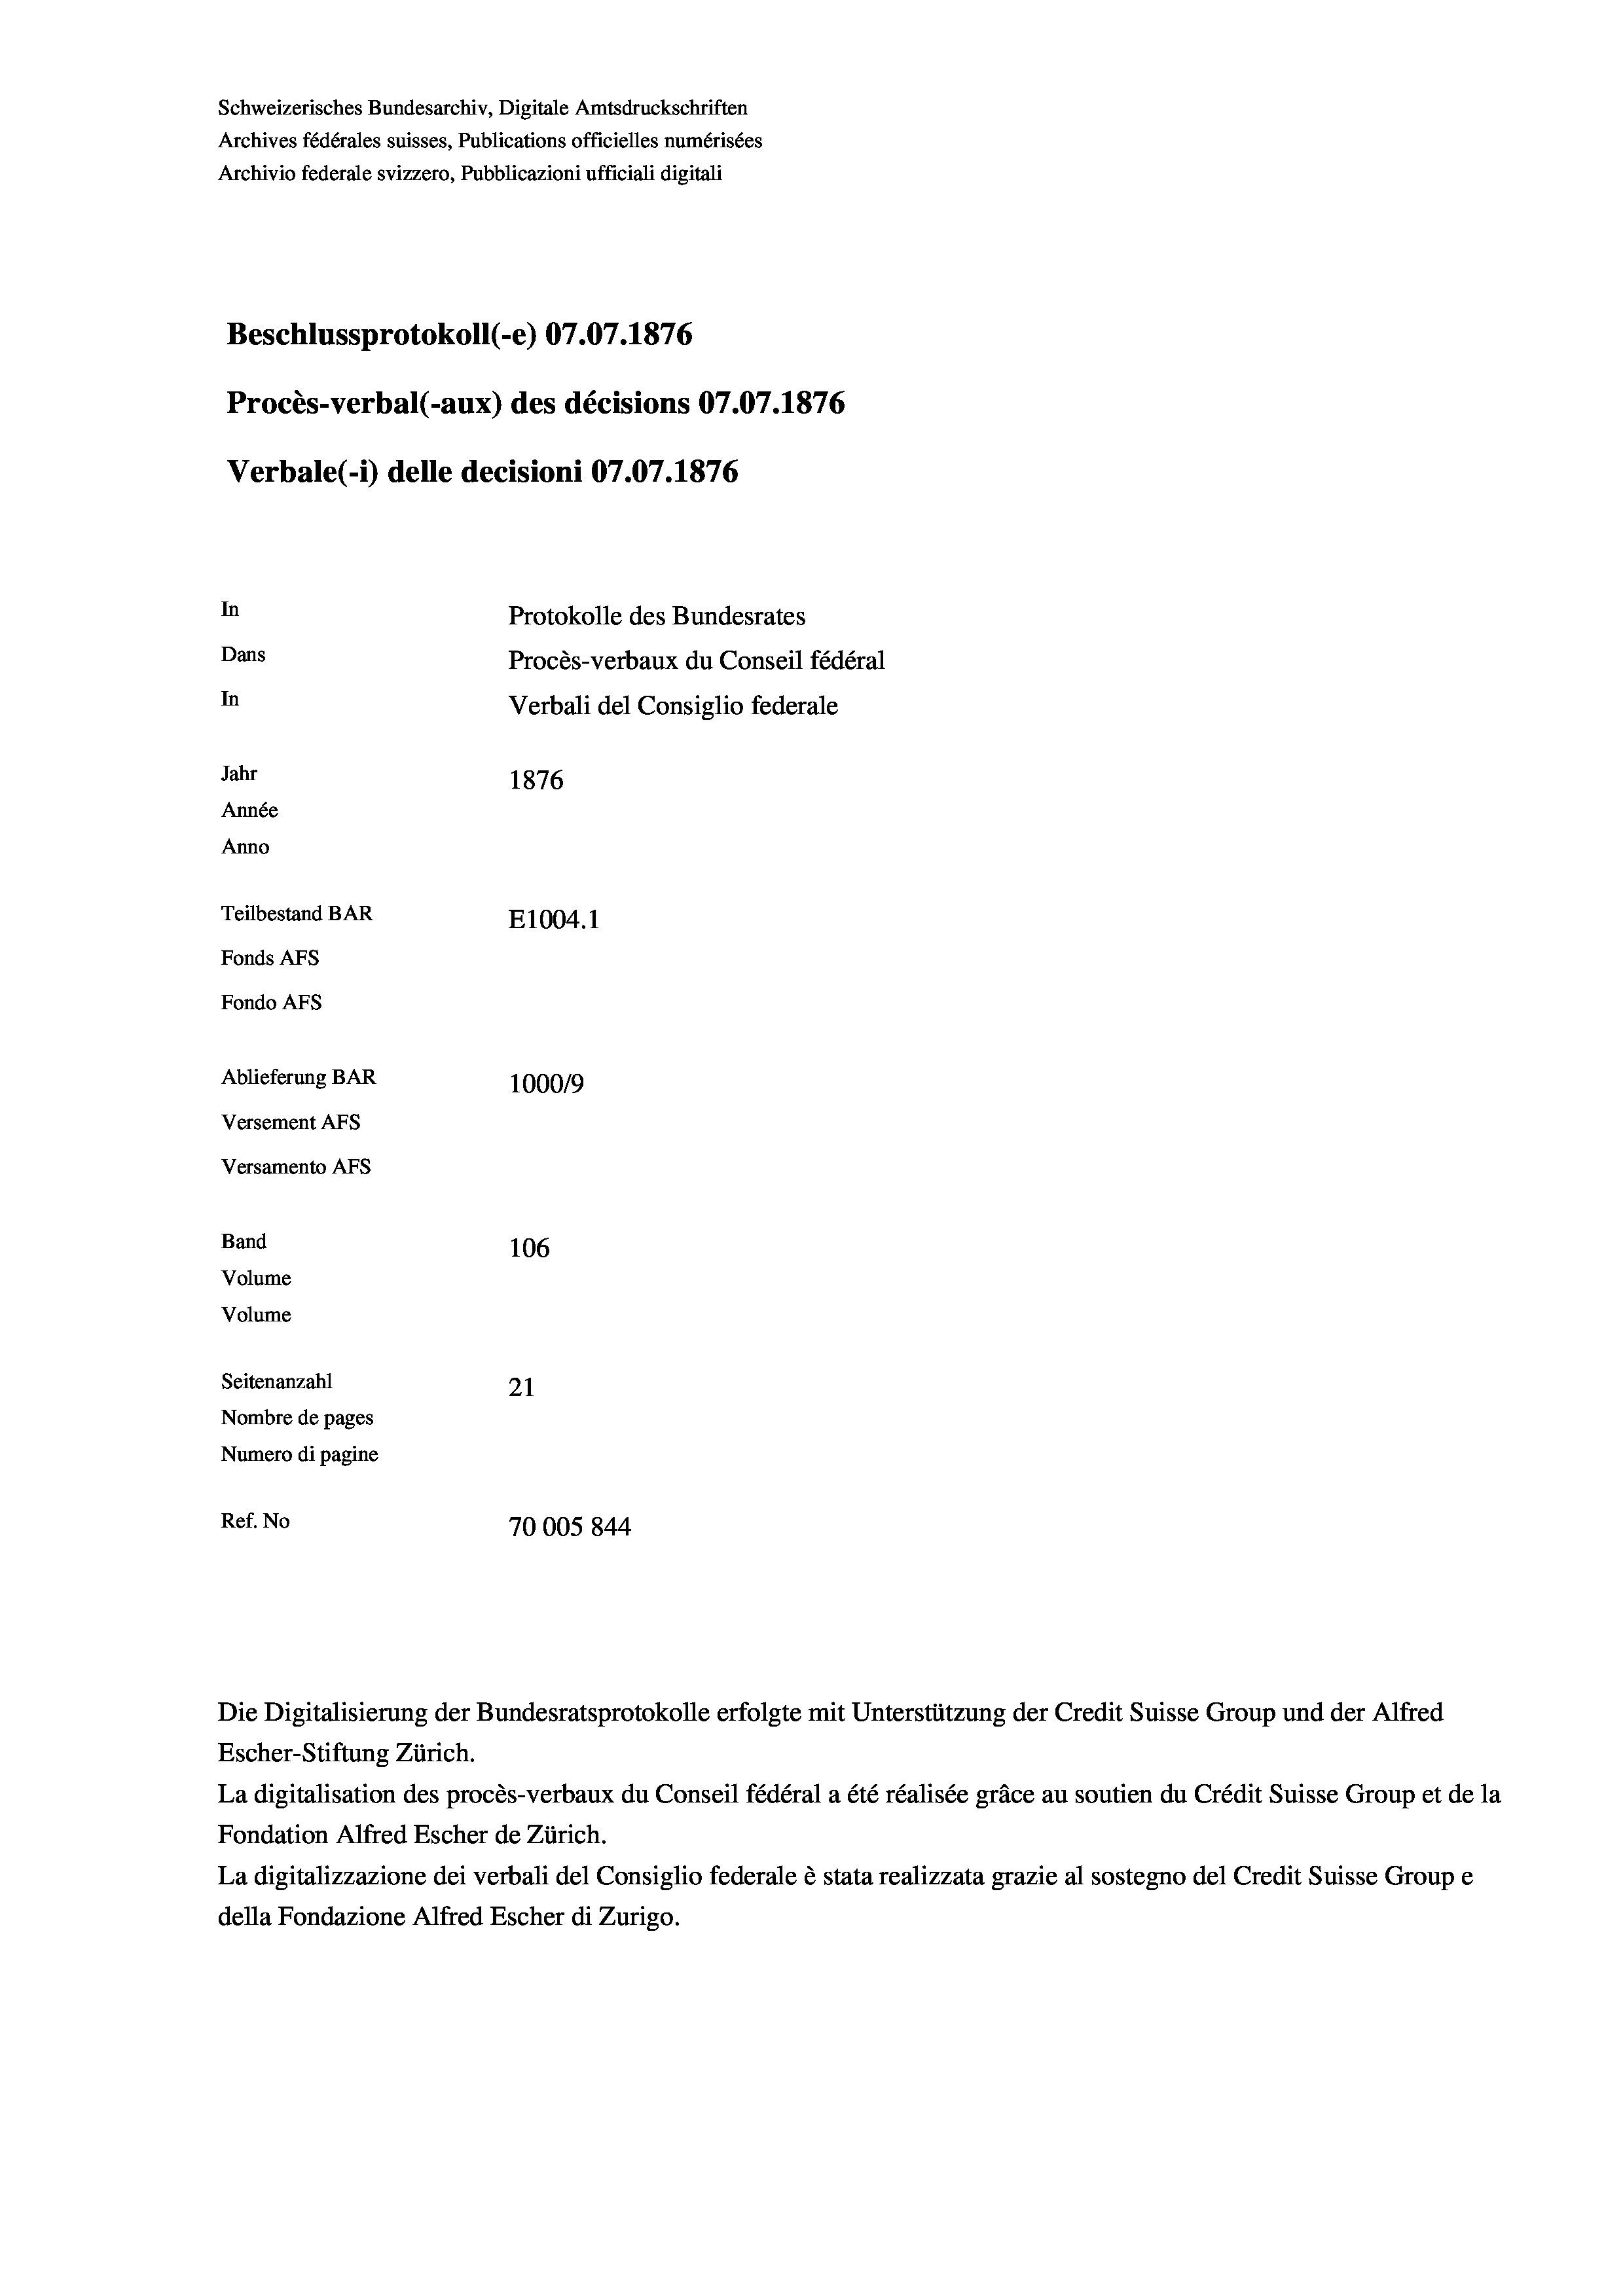
Schweizerisches Bundesarchiv, Digitale Amtsdruckschriften
Archives fédérales suisses, Publications officielles numérisées
Archivio federale svizzero, Pubblicazioni ufficiali digitali
Beschlussprotokoll (-e) 07.07. 1876
Procès-verbal (-aux) des décisions 07.07.1876
Verbale (- 1) delle decisioni 07.07. 1876
In
Protokolle des Bundesrates
Dans
Procès-verbaux du Conseil fédéral
In
Verbali del Consiglio federale
Jahr
1876
Année
Anno
Teilbestand BAR
E1004. 1
Fonds AFs
Fondo AFs
Ablieferung BAR
100019
Versement Abs
Versamento AFs
Band
106
Volume
Volume

Seitenanzahl
21
Nombre de pages
Numero di pagine
Ref. No
70005 844

Die Digitalisierung der Bundesratsprotokolle erfolgte mit Unterstützung der Credit Suisse Group und der Alfred
Escher-Stiftung Zürich.
La digitalisation des procès-verbaux du Conseil fédéral a été réalisée gräce au soutien du Crédit Suisse Group et de la
Fondation Alfred Escher de Zürich.
La digitalizzazione dei verbali del Consiglio federale è stata realizzata grazie al sostegno del Credit Suisse Groupe
della Fondazione Alfred Escher di Zurigo.

d